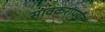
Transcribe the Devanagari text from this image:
सावकरांपर्यंत